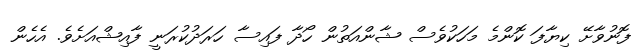
ފޮނުވާށޭ ކިޔާފަ ކޮންމެ މަހަކުވެސް ޝާންއަތުން ހޯދާ ފައިސާ ހަރަދުކުރަނީ ފާއިޝްއަށެވެ. އެހެން